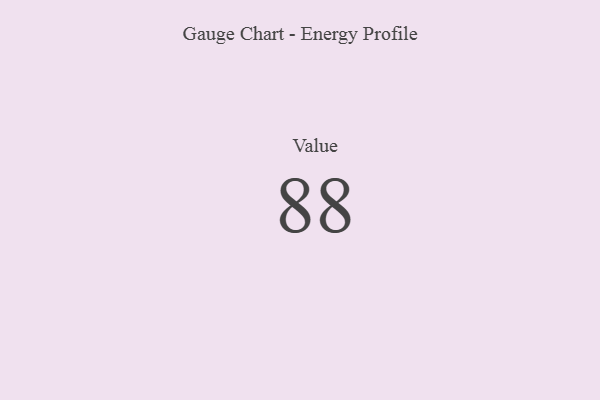
{"axis": {"x": "Metric", "y": "Value"}, "legend": [""], "data": [{"x": "Value", "y": 88, "type": ""}]}